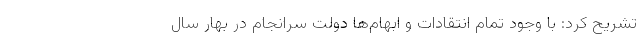
تشریح کرد: با وجود تمام انتقادات و ابهام‌ها دولت سرانجام در بهار سال